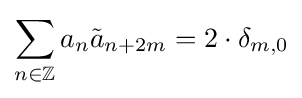
\sum _{n\in \mathbb {Z} }a_{n}{\tilde {a}}_{n+2m}=2\cdot \delta _{m,0}